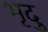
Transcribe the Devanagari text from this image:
भृदु